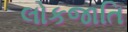
લોકજાતિ